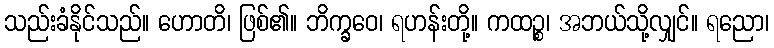
သည်းခံနိုင်သည်။ ဟောတိ၊ ဖြစ်၏။ ဘိက္ခဝေ၊ ရဟန်းတို့။ ကထဉ္စ၊ အဘယ်သို့လျှင်။ ရညော၊